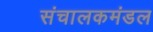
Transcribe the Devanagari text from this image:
संचालकमंडल